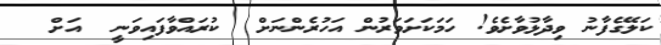
ކަލޭގެފާނު ވިދާޅުވާށެވެ! ހަމަކަށަވަރުން އަހުރެންނަށް  ކުރައްވާފައިވަނީ  އަށް